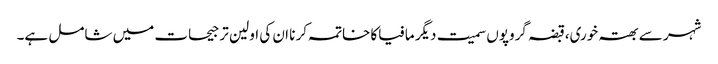
شہر سے بھتہ خوری،قبضہ گروپوں سمیت دیگر مافیاکا خاتمہ کر نا ان کی اولین تر جیحات میں شامل ہے۔